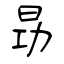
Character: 昮